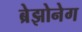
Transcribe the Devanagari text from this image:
ब्रेझोनेग